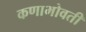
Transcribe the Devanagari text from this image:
कणाभोवती